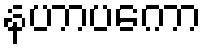
နဟာပကော